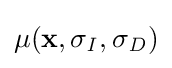
\mu (\mathbf {x} ,\sigma _{\mathit {I}},\sigma _{\mathit {D}})